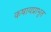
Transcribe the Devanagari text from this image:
कषायप्राभृत